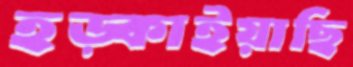
হড়্‌কাইয়াছি